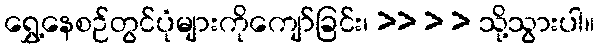
ရွှေ့နေစဉ်တွင်ပုံများကိုကျော်ခြင်း၊ >> > > သို့သွားပါ။